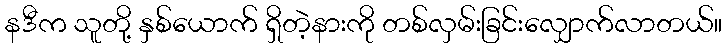
နဒီက သူတို့ နှစ်ယောက် ရှိတဲ့နားကို တစ်လှမ်းခြင်းလျှောက်လာတယ်။